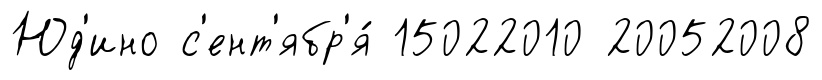
Юд'ино с'ент'ябр'я́ 15022010 20052008